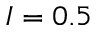
I = 0 . 5